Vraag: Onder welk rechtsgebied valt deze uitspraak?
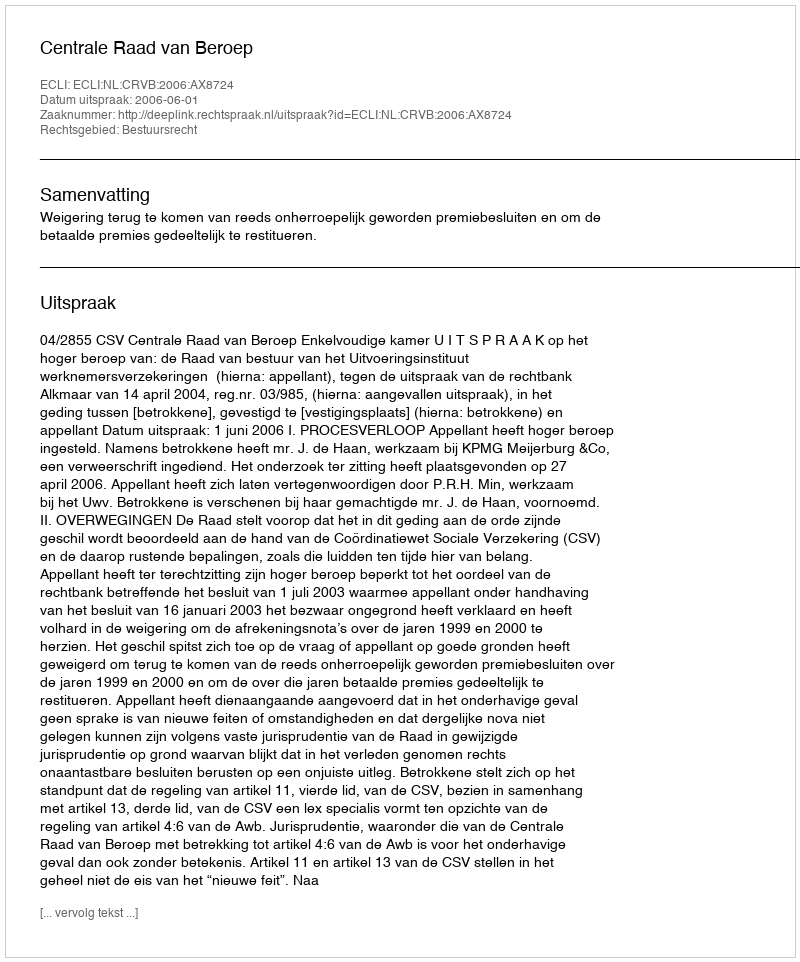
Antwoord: Bestuursrecht